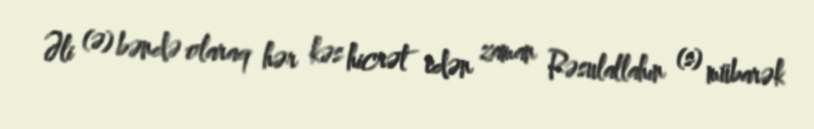
Əli (ə) bəndə olaraq hər kəs hicrət edən zaman Rəsulallahın (s) mübarək